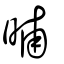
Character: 晡